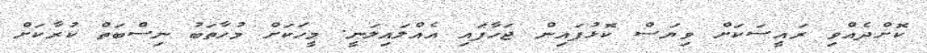
ކޮށްދެއްވި ރައީސަކަށް ވިޔަސް ކޮޅުފައިން ޖަހާފައި އެއްލައިލަނީ. މީހަކަށް މުހާތަބު ނިސްބަތް ކުރާކަށް